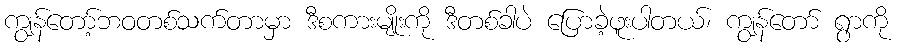
ကျွန်တော့်ဘဝတစ်သက်တာမှာ ဒီစကားမျိုးကို ဒီတစ်ခါပဲ ပြောခဲ့ဖူးပါတယ်၊ ကျွန်တော် ရွာကို